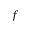
f